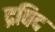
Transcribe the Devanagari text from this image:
द्रविद